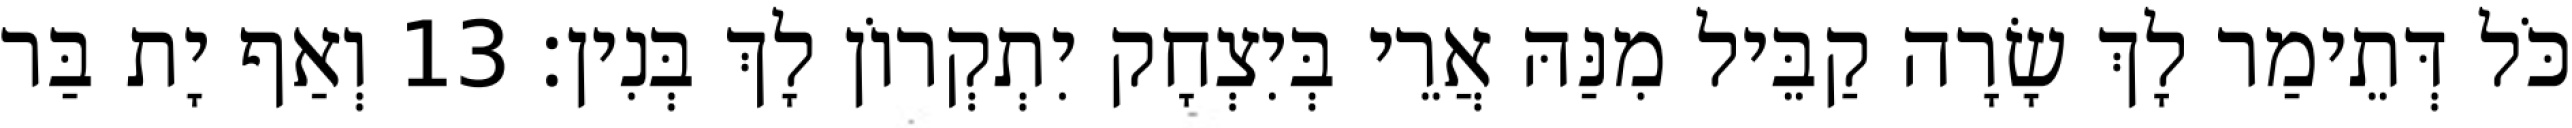
כֹּל דְּתֵימַר לָךְ שָׂרָה קַבֵּיל מִנַּהּ אֲרֵי בְּיִצְחָק יִתְקְרוֹן לָךְ בְּנִין׃ 13 וְאַף יָת בַּר